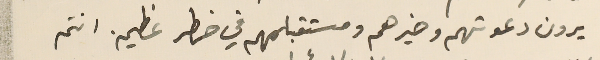
يرون دعوتهم وخيرهم ومستقبلهم في خطر عظيم. انتم